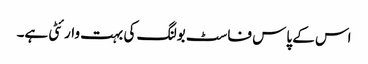
اس کے پاس فاسٹ بولنگ کی بہت وارئٹی ہے۔